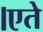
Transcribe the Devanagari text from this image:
।एते